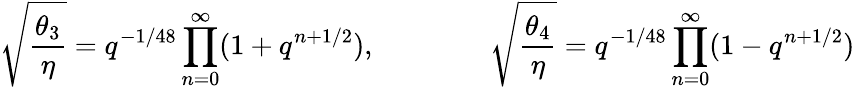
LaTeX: \sqrt{\frac{\theta_{3}}{\eta}}=q^{-1/48}\prod_{n=0}^{\infty}(1+q^{n+1/2}),\qquad\qquad\sqrt{\frac{\theta_{4}}{\eta}}=q^{-1/48}\prod_{n=0}^{\infty}(1-q^{n+1/2})